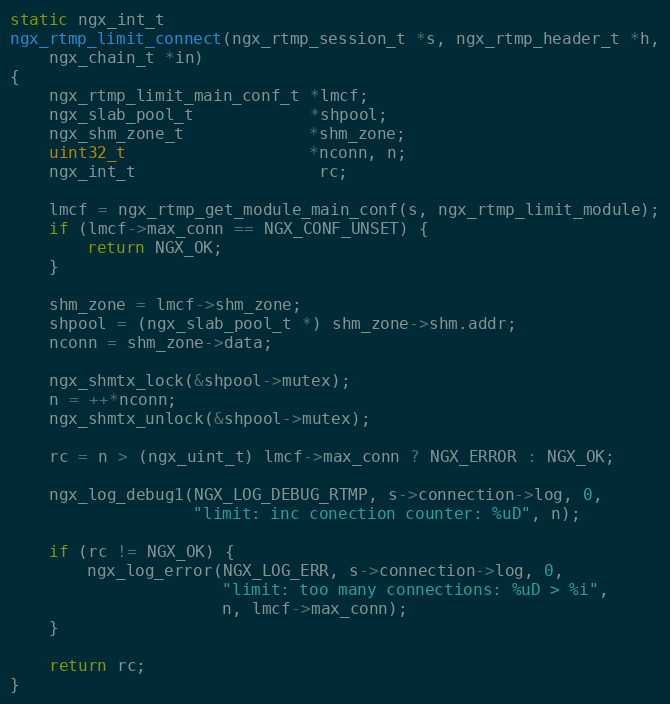
Language: C
static ngx_int_t
ngx_rtmp_limit_connect(ngx_rtmp_session_t *s, ngx_rtmp_header_t *h,
    ngx_chain_t *in)
{
    ngx_rtmp_limit_main_conf_t *lmcf;
    ngx_slab_pool_t            *shpool;
    ngx_shm_zone_t             *shm_zone;
    uint32_t                   *nconn, n;
    ngx_int_t                   rc;

    lmcf = ngx_rtmp_get_module_main_conf(s, ngx_rtmp_limit_module);
    if (lmcf->max_conn == NGX_CONF_UNSET) {
        return NGX_OK;
    }

    shm_zone = lmcf->shm_zone;
    shpool = (ngx_slab_pool_t *) shm_zone->shm.addr;
    nconn = shm_zone->data;

    ngx_shmtx_lock(&shpool->mutex);
    n = ++*nconn;
    ngx_shmtx_unlock(&shpool->mutex);

    rc = n > (ngx_uint_t) lmcf->max_conn ? NGX_ERROR : NGX_OK;

    ngx_log_debug1(NGX_LOG_DEBUG_RTMP, s->connection->log, 0,
                   "limit: inc conection counter: %uD", n);

    if (rc != NGX_OK) {
        ngx_log_error(NGX_LOG_ERR, s->connection->log, 0,
                      "limit: too many connections: %uD > %i",
                      n, lmcf->max_conn);
    }

    return rc;
}